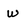
Character: w